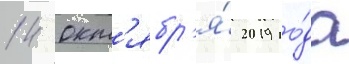
14 окт'ябр'я́ 2019 го́да